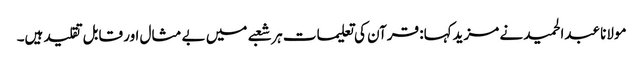
مولانا عبدالحمید نے مزیدکہا: قرآن کی تعلیمات ہر شعبے میں بے مثال اور قابل تقلید ہیں۔